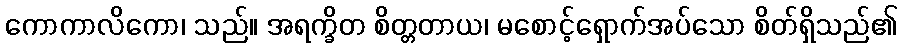
ကောကာလိကော၊ သည်။ အရက္ခိတ စိတ္တတာယ၊ မစောင့်ရှောက်အပ်သော စိတ်ရှိသည်၏